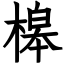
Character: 槔